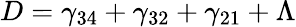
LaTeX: D=\gamma_{34}+\gamma_{32}+\gamma_{21}+\Lambda